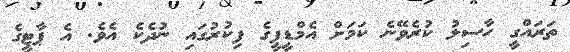
ތަރައްގީ ހާސިލު ކުރެވޭނެ ކަމަށް އެމްޑީޕީގެ ފިކުރުގައި ނުދެކެ އެވެ. އެ ޕާޓީގެ